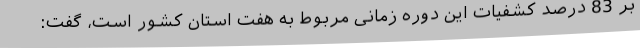
بر 83 درصد کشفیات این دوره زمانی مربوط به هفت استان کشور است،‌ گفت: